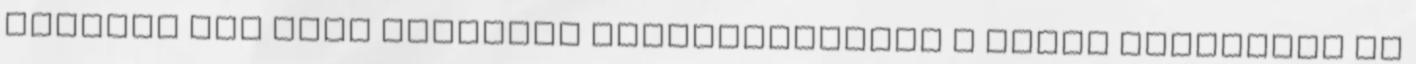
hatodik éve tart előadást Taliándörögdön a zsidó vallásról és